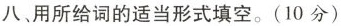
八、用所给词的适当形式填空.(10 分)